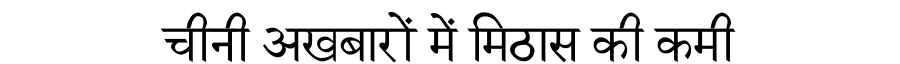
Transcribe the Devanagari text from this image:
चीनी अखबारों में मिठास की कमी